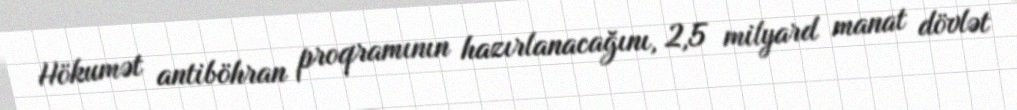
Hökumət antiböhran proqramının hazırlanacağını, 2,5 milyard manat dövlət